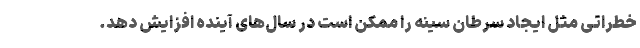
خطراتی مثل ایجاد سرطان سینه را ممکن است در سال‌های آینده افزایش دهد.